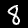
Digit: 8